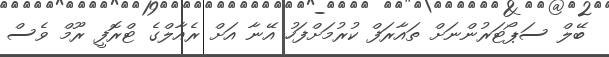
ބޭލް ސަޕޯޓަރުންނަށް ތައާރަފް ކުރުމަށްފަހު އޭނާ އަށް ރެއާލްގެ ޓްރޮފީ ރޫމް ވެސް